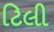
ટિલી